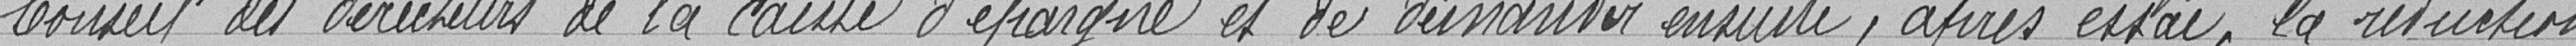
Conseil des directeurs de la caisse d'épargne et de demander ensuite, après essai, la réduction